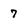
Character: 7